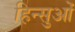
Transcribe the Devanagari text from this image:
हिन्सुओं